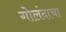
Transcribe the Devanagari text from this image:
गोलंदाचा